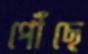
পৌঁছে